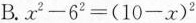
B.$$x ^ { 2 } - 6 ^ { 2 } = ( 1 0 - x ) ^ { 2 }$$